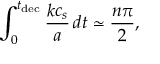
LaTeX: \int _ { 0 } ^ { t _ { \mathrm { d e c } } } \frac { k c _ { s } } { a } \, d t \simeq \frac { n \pi } { 2 } ,